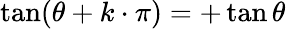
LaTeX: \tan(\theta+k\cdot\pi)=+\tan\theta